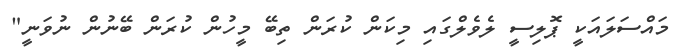
މައްސަލައަކީ ޕޮލިސީ ލެވެލްގައި މިކަން ކުރަން ތިބޭ މީހުން ކުރަން ބޭނުން ނުވަނީ"